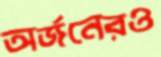
অর্জনেরও